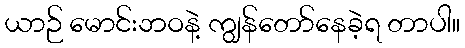
ယာဉ် မောင်းဘဝနဲ့ ကျွန်တော်နေခဲ့ရ တာပါ။